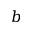
\boldsymbol { b }